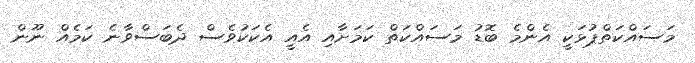
މަސައްކަތްޕުޅަކީ އެންމެ ބޮޑު މަސައްކަތް ކަމަށާއި އެއީ އެކަކުވެސް ދެބަސްވާނެ ކަމެއް ނޫން